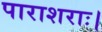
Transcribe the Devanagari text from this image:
पाराशराः।